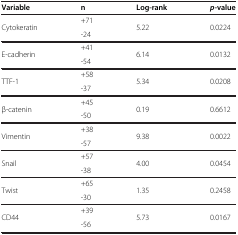
| Variable | n | Log-rank | p-value |
 | --- | --- | --- | --- |
 | Cytokeratin | +71 | 5.22 | 0.0224 |
 |  | -24 |  |  |
 | E-cadherin | +41 | 6.14 | 0.0132 |
 |  | -54 |  |  |
 | TTF-1 | +58 | 5.34 | 0.0208 |
 |  | -37 |  |  |
 | β-catenin | +45 | 0.19 | 0.6612 |
 |  | -50 |  |  |
 | Vimentin | +38 | 9.38 | 0.0022 |
 |  | -57 |  |  |  |
 | Snail | +57 | 4.00 | 0.0454 |  |
 |  | -38 |  |  |  |
 | Twist | +65 | 1.35 | 0.2458 |  |
 |  | -30 |  |  |  |
 | CD44 | +39 | 5.73 | 0.0167 |  |
 |  | -56 |  |  |  |